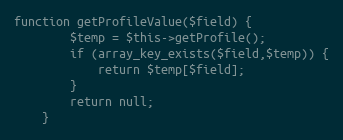
Language: PHP
function getProfileValue($field) {
		$temp = $this->getProfile();
		if (array_key_exists($field,$temp)) {
			return $temp[$field];
		}
		return null;
	}